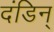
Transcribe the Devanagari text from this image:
दंडिन्